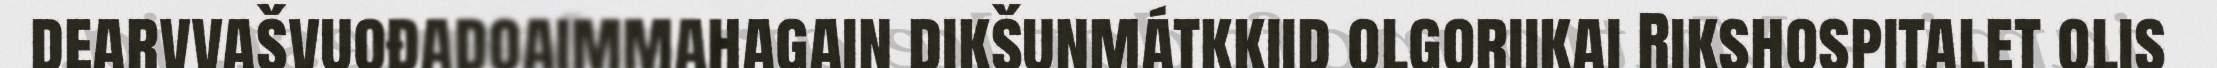
dearvvašvuođadoaimmahagain dikšunmátkkiid olgoriikai Rikshospitalet olis